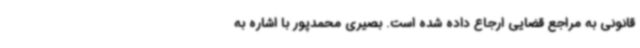
قانونی به مراجع قضایی ارجاع داده شده است. بصیری محمدپور با اشاره به